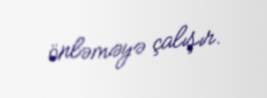
önləməyə çalışır.